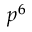
p ^ { 6 }